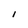
Character: i